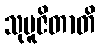
သုပူဇိတာတိ